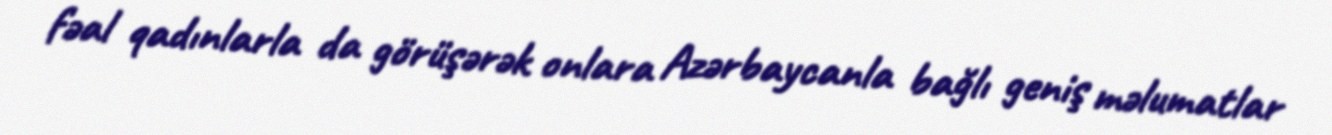
fəal qadınlarla da görüşərək onlara Azərbaycanla bağlı geniş məlumatlar